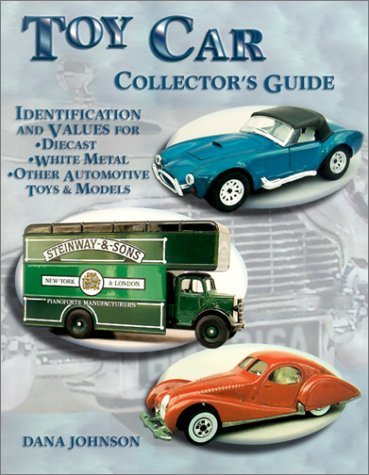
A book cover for Toy Car Collector's Guide: Identification and Values for Diecast, White Metal, Other Automotive Toys, & Models by Johnson, Dana (2001) Paperback; Dana Johnson; Crafts, Hobbies & Home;